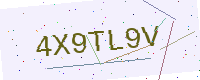
Text: 4X9TL9V